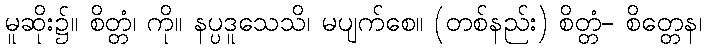
မူဆိုး၌။ စိတ္တံ၊ ကို။ နပ္ပဒူသေသိ၊ မပျက်စေ။ (တစ်နည်း) စိတ္တံ- စိတ္တေန၊